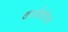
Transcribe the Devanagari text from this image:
कार्वाकोल